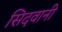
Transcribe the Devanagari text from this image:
सिदवानी